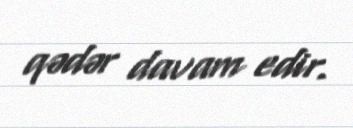
qədər davam edir.